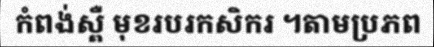
កំពង់ស្ពឺ មុខរបរកសិករ ។តាមប្រភព